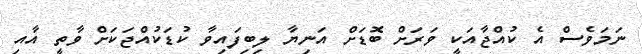
ނަމަވެސް އެ ކުއްޖާއަކީ ވަރަށް ބޮޑަށް އަނިޔާ ލިބިފައިވާ ކުޑަކުއްޖަކަށް ވާތީ އާއި